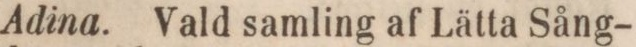
Adina. Vald samling af Lätta Sång-